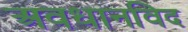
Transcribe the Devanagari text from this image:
अवधानविद